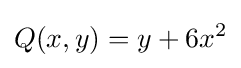
Q(x,y)=y+6x^{2}